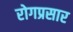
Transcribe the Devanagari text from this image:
रोगप्रसार